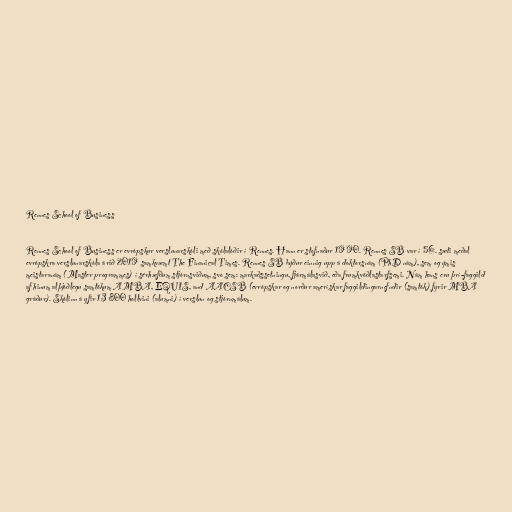
Rennes School of Business

Rennes School of Business er evrópskur verslunarskóli með skólalóðir í Rennes. Hann er stofnaður 1990. Rennes SB var í 56. sæti meðal
evrópskra verslunarskóla árið 2019 samkvæmt The Finanical Times. Rennes SB býður einnig upp á doktorsnám (PhD nám), sem og ýmis
meistaranám (Master programmes) í sérhæfðum stjórnsviðum, svo sem: markaðssetningu, fjármálasvið, eða frumkvöðlastarfsemi. Nám hans eru þrí-faggild
af hinum alþjóðlegu samtökum AMBA, EQUIS, and AACSB (evrópskar og norður amerískar faggildingarnefndir (samtök) fyrir MBA
gráður). Skólinn á yfir 13 800 hollvini (alumni) í verslun og stjórnmálum.